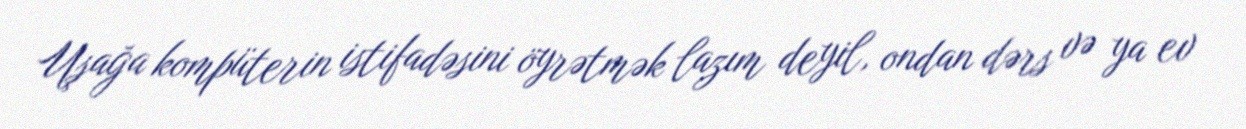
Uşağa kompüterin istifadəsini öyrətmək lazım deyil, ondan dərs və ya ev